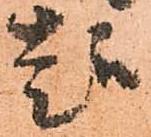
趣